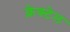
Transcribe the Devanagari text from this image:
क्नेक्टेल